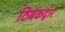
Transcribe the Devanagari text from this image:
ठिबकद्वारे